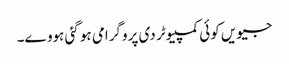
جیویں کوئی کمپیوٹر دی پروگرامی ہو گئی ہووے۔